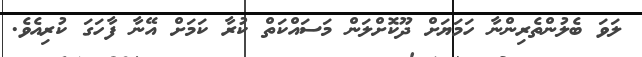
ލަވަ ބެލުންތެރިންނާ ހަމަޔަށް ދޫކޮށްލަން މަސައްކަތް ކުރާ ކަމަށް އޭނާ ފާހަގަ ކުރިއެވެ.